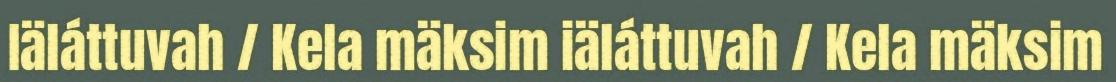
Iäláttuvah / Kela mäksim iäláttuvah / Kela mäksim